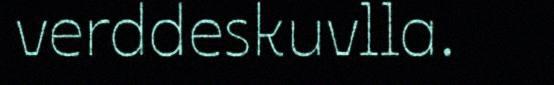
verddeskuvlla.